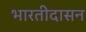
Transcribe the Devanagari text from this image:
भारतीदासन